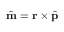
\hat { \bf m } = { \bf r } \times \hat { \bf p }